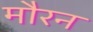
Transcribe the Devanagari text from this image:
मौरन